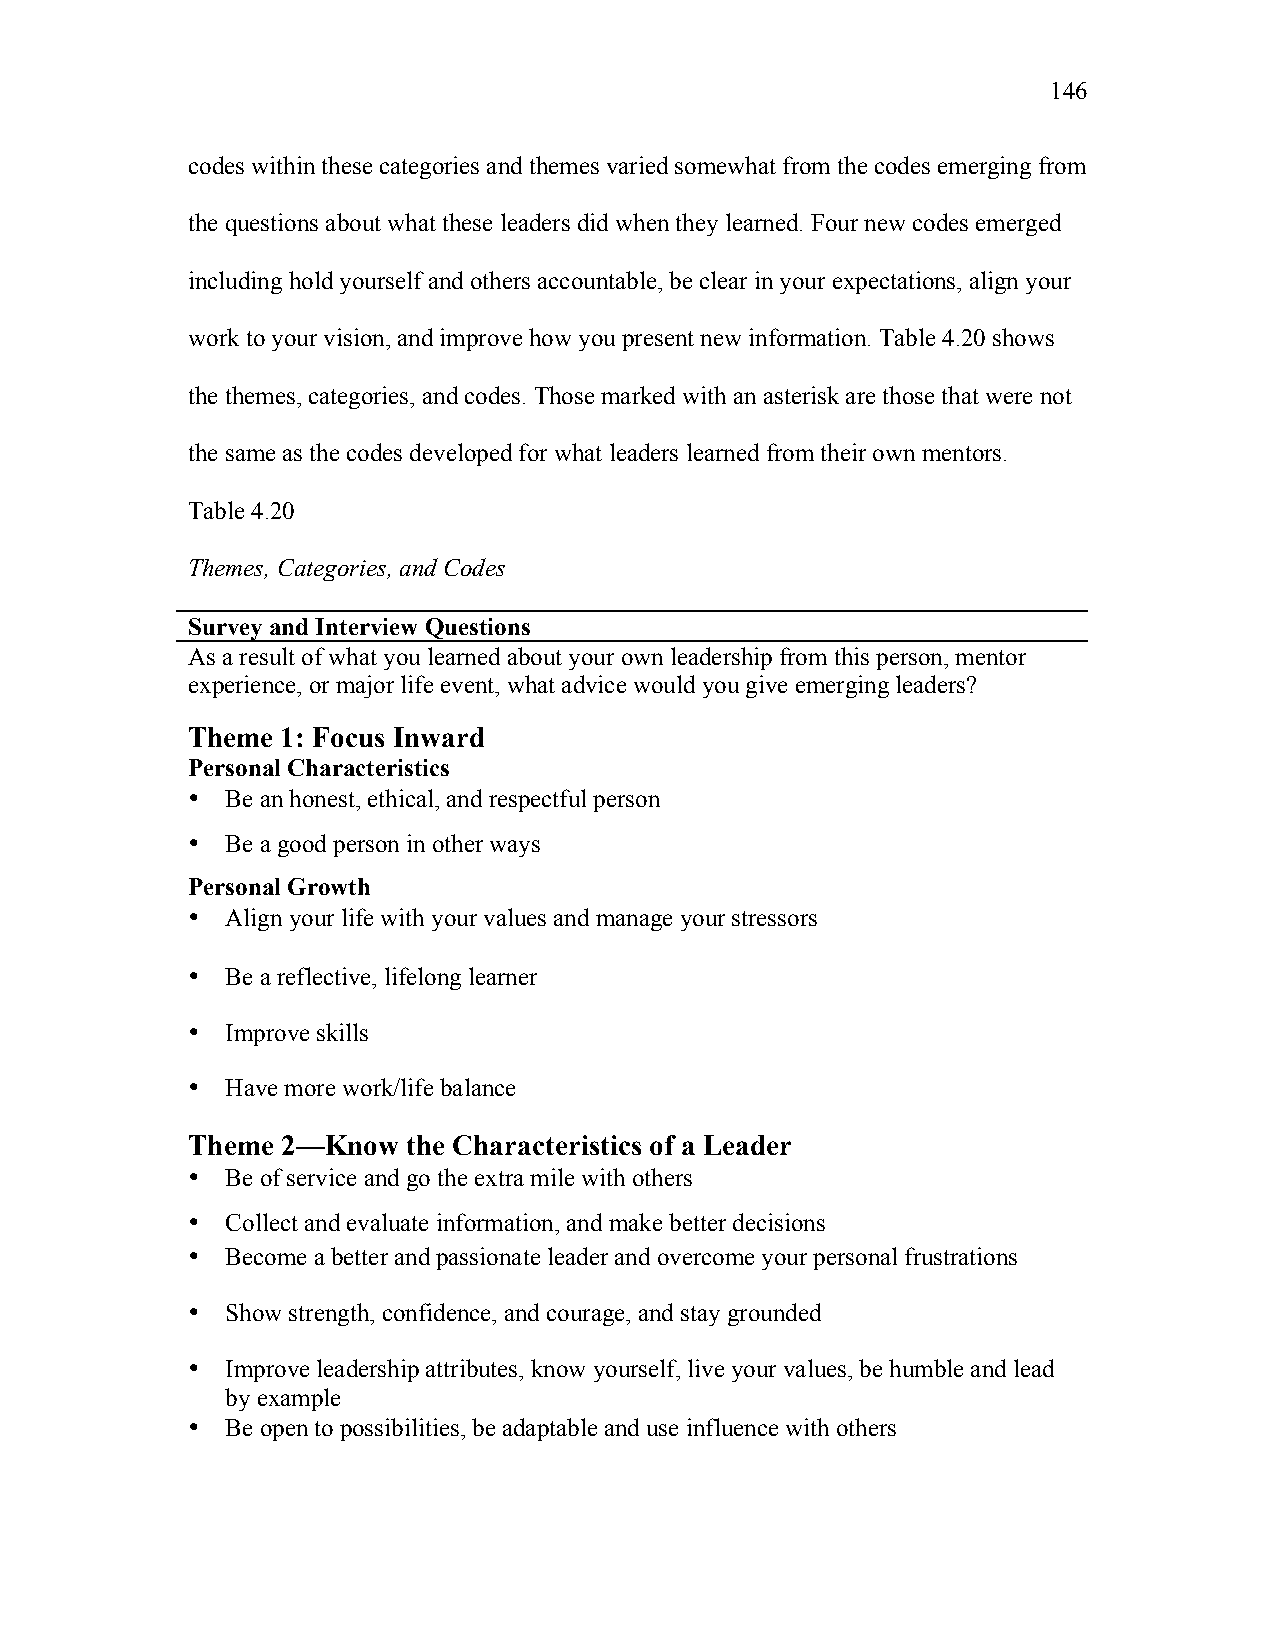
146
 codes within these categories and themes varied somewhat from the codes emerging from
 the questions about what these leaders did when they learned. Four new codes emerged
 including hold yourself and others accountable, be clear in your expectations, align your
 work to your vision, and improve how you present new information. Table 4.20 shows
 the themes, categories, and codes. Those marked with an asterisk are those that were not
 the same as the codes developed for what leaders learned from their own mentors.
 Table 4.20
 Themes, Categories, and Codes
 Survey and Interview Questions
 As a result of what you learned about your own leadership from this person, mentor
 experience, or major life event, what advice would you give emerging leaders?
 Theme  1: Focus Inward
 Personal Characteristics
 •  Be an honest, ethical, and respectful person
 •  Be a good person in other ways
 Personal Growth
 •  Align your life with your values and manage your stressors
 •  Be a reflective, lifelong learner
 •  Improve skills
 •  Have more work/life balance
 Theme  2—Know  the Characteristics of a Leader
 •  Be of service and go the extra mile with others
 •  Collect and evaluate information, and make better decisions
 •  Become a better and passionate leader and overcome your personal frustrations
 •  Show strength, confidence, and courage, and stay grounded
 •  Improve leadership attributes, know yourself, live your values, be humble and lead
 by example
 •  Be open to possibilities, be adaptable and use influence with others